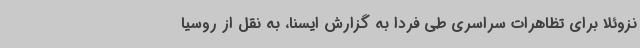
نزوئلا برای تظاهرات سراسری طی فردا به گزارش ایسنا، به نقل از روسیا